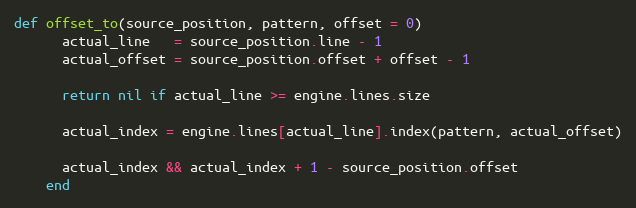
Language: Ruby
def offset_to(source_position, pattern, offset = 0)
      actual_line   = source_position.line - 1
      actual_offset = source_position.offset + offset - 1

      return nil if actual_line >= engine.lines.size

      actual_index = engine.lines[actual_line].index(pattern, actual_offset)

      actual_index && actual_index + 1 - source_position.offset
    end